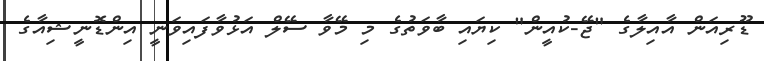
ޑޫރިއަން އާއިލާގެ "ޖޭ-ކުއީން" ކިޔައި ބާވަތުގެ މި މޭވާ ސޭލް އަޅުވާފައިވަނީ އިންޑޮނީޝިއާގެ